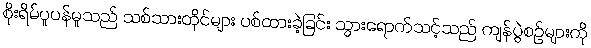
စိုးရိမ်ပူပန်မှုသည် သစ်သားတိုင်များ ပစ်ထားခဲ့ခြင်း သွားရောက်သင့်သည် ကျန်ပွဲစဉ်များကို